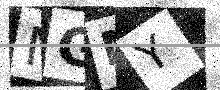
Text: MGMY